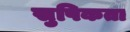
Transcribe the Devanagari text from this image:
सुपिकता